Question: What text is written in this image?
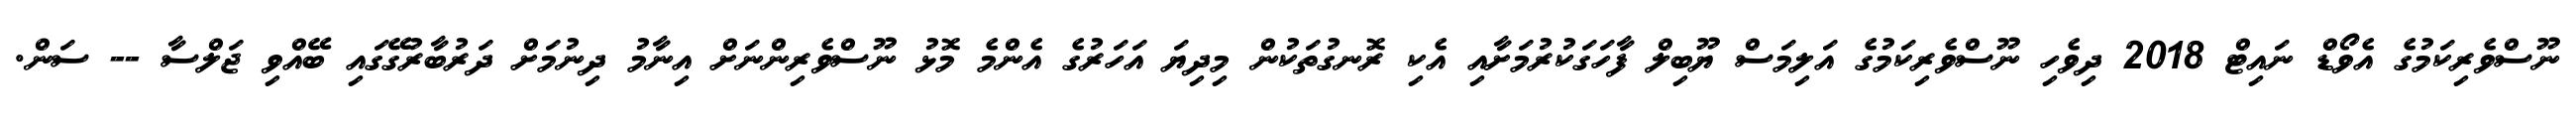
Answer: ނޫސްވެރިކަމުގެ އެވޯޑް ނައިޓް 2018 ދިވެހި ނޫސްވެރިކަމުގެ އަލިމަސް ޔޫބިލް ފާހަގަކުރުމަށާއި އެކި ރޮނގުތަކުން މިދިޔަ އަހަރުގެ އެންމެ މޮޅު ނޫސްވެރިންނަށް އިނާމު ދިނުމަށް ދަރުބާރުގޭގައި ބޭއްވި ޖަލްސާ -- ސަން.